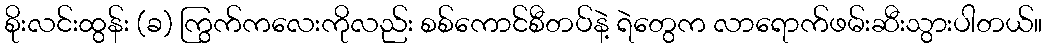
စိုးလင်းထွန်း (ခ) ကြွက်ကလေးကိုလည်း စစ်ကောင်စီတပ်နဲ့ ရဲတွေက လာရောက်ဖမ်းဆီးသွားပါတယ်။